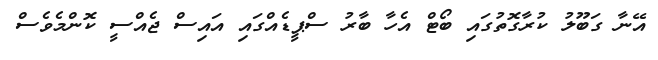
އޭނާ ގަބޫލު ކުރާގޮތުގައި ބޯޓް އެހާ ބާރު ސްޕީޑެއްގައި އައިސް ޖެއްސީ ކޮންމެވެސް